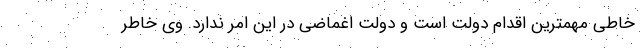
خاطی مهمترین اقدام دولت است و دولت اغماضی در این امر ندارد. وی خاطر